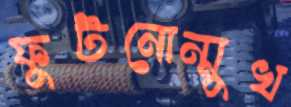
ফুটনোন্মুখ